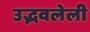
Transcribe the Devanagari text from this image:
उद्भवलेली